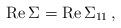
LaTeX: \begin{align*}{\rm Re} \, \Sigma = {\rm Re}\, {\Sigma}_{11}\,,\end{align*}